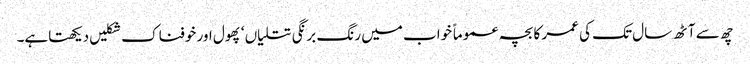
چھ سے آٹھ سال تک کی عمر کا بچہ عموماً خواب میں رنگ برنگی تتلیاں ‘ پھول اور خوفناک شکلیں دیکھتاہے۔